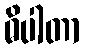
ဓိပါတာ